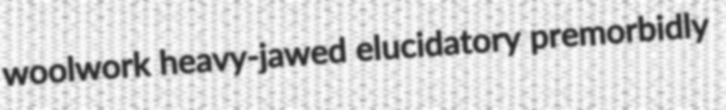
woolwork heavy-jawed elucidatory premorbidly